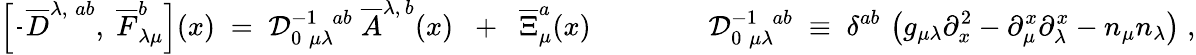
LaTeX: \left[\frac{}{}\overline{{{D}}}^{\lambda,\; ab},\; \overline{{{F}}}_{\lambda\mu}^{b}\right](x)\; =\; {\cal D}_{0\; \mu\lambda}^{-1\; \; ab}\; \overline{{{A}}}^{\lambda,\, b}(x)\; \; +\; \; \overline{{{\Xi}}}_{\mu}^{a}(x)\; \; \; \; \; \; \; \; \; \; \; \; \; \; \; {\cal D}_{0\; \mu\lambda}^{-1\; \; ab}\; \equiv\; \delta^{ab}\, \left(g_{\mu\lambda}\partial_{x}^{2}-\partial_{\mu}^{x}\partial_{\lambda}^{x}-n_{\mu}n_{\lambda}\right)\; ,